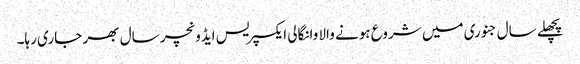
پچھلے سال جنوری میں شروع ہونے والا وانگالی ایکسپریس ایڈونچر سال بھر جاری رہا۔